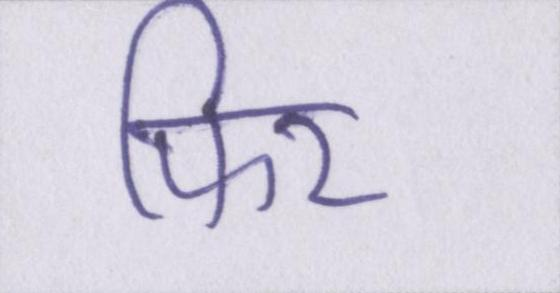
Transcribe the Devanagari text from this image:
फिर